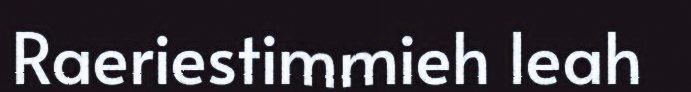
Raeriestimmieh leah